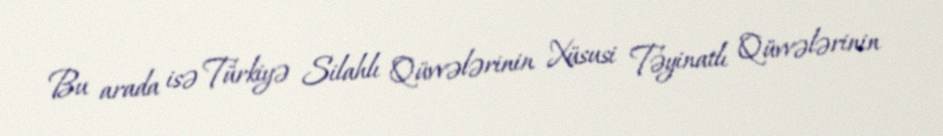
Bu arada isə Türkiyə Silahlı Qüvvələrinin Xüsusi Təyinatlı Qüvvələrinin